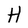
Character: H